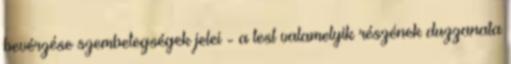
bevérzése szembetegségek jelei - a test valamelyik részének duzzanata